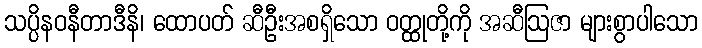
သပ္ပိနဝနီတာဒီနိ၊ ထောပတ် ဆီဦးအစရှိသော ဝတ္ထုတို့ကို အဆီဩဇာ များစွာပါသော